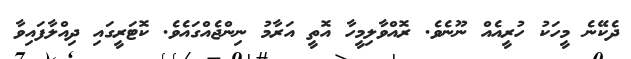
ދެކޭނެ މީހަކު ހުރީއެއް ނޫނެވެ. ރޮއްވާލިމީހާ އޮތީ އަރާމު ނިންޖެއްގައެވެ. ކޮޓަރީގައި ދިއްލާފައިވާ